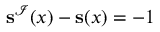
\mathbf { s } ^ { \mathcal { I } } ( x ) - \mathbf { s } ( x ) = - 1